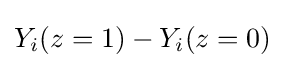
Y_{i}(z=1)-Y_{i}(z=0)